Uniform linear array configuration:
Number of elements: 4
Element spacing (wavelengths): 0.5
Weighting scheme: hamming
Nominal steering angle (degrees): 15
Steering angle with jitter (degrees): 13.499
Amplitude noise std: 0.05
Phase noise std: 0.05

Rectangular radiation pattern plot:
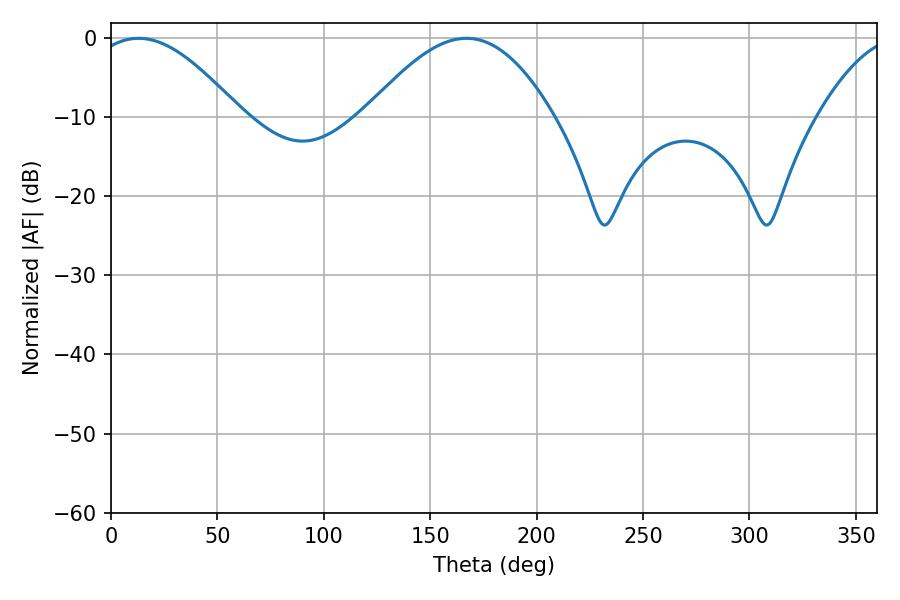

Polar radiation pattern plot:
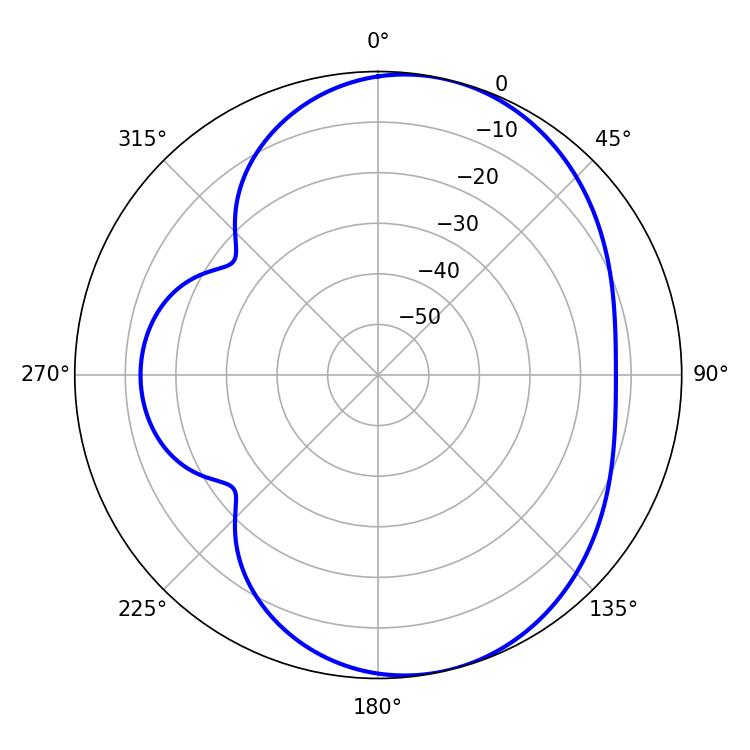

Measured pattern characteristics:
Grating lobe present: FALSE
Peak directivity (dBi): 6.461
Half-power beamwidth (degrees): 37.98
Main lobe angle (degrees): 12.96